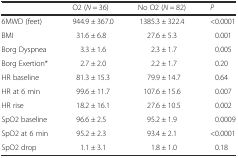
|  | O2 (N = 36) | No O2 (N = 82) | P |
 | --- | --- | --- | --- |
 | 6MWD (feet) | 944.9 ± 367.0 | 1385.3 ± 322.4 | <0.0001 |
 | BMI | 31.6 ± 6.8 | 27.6 ± 5.3 | 0.001 |
 | Borg Dyspnea | 3.3 ± 1.6 | 2.3 ± 1.7 | 0.005 |
 | Borg Exertion* | 2.7 ± 2.0 | 2.2 ± 1.7 | 0.20 |
 | HR baseline | 81.3 ± 15.3 | 79.9 ± 14.7 | 0.64 |
 | HR at 6 min | 99.6 ± 11.7 | 107.6 ± 15.6 | 0.007 |
 | HR rise | 18.2 ± 16.1 | 27.6 ± 10.5 | 0.002 |
 | SpO2 baseline | 96.6 ± 2.5 | 95.2 ± 1.9 | 0.0009 |
 | SpO2 at 6 min | 95.2 ± 2.3 | 93.4 ± 2.1 | <0.0001 |
 | SpO2 drop | 1.1 ± 3.1 | 1.8 ± 1.0 | 0.18 |